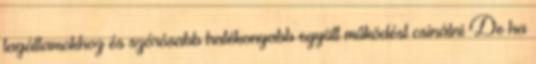
tagállamokhoz és szórósabb hatékonyabb együtt működést csinálni De ha